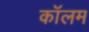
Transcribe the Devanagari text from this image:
काॅलम